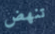
تنهض